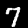
Digit: 7